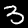
Digit: 3